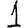
Digit: 1